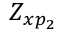
Z _ { x p _ { 2 } }